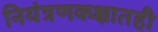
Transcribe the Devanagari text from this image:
नियंत्रणकक्षातही